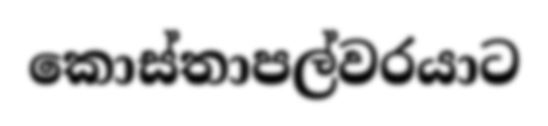
කොස්තාපල්වරයාට